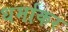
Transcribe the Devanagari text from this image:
धर्माकर